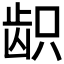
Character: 𱌫